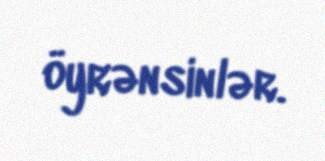
öyrənsinlər.